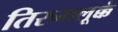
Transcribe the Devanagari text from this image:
तिरुमलूक्कं